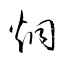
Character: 炯